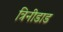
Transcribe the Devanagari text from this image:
त्रिनीडाड